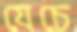
যেচে